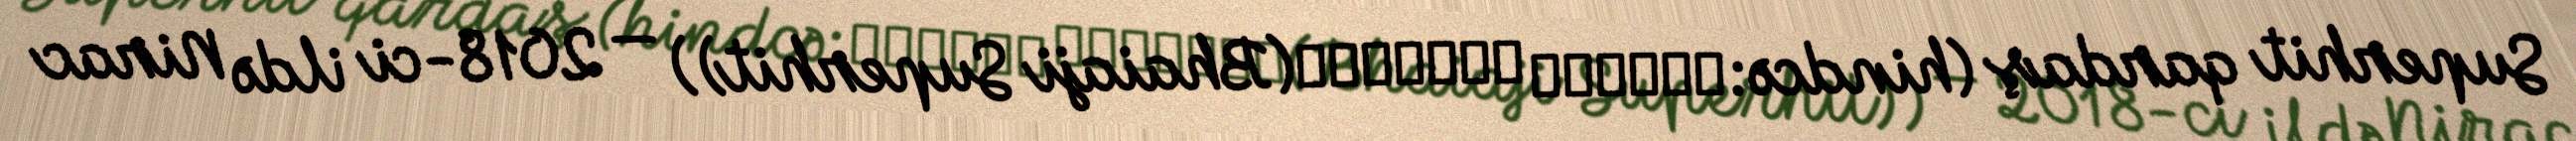
Superhit qardaş (hindcə:भैयाजी सुपरहिट(Bhaiaji Superhit)) — 2018-ci ildə Nirac